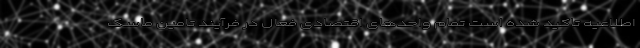
اطلاعیه تاکید شده است تمام واحدهای اقتصادی فعال در فرآیند تامین ماسک